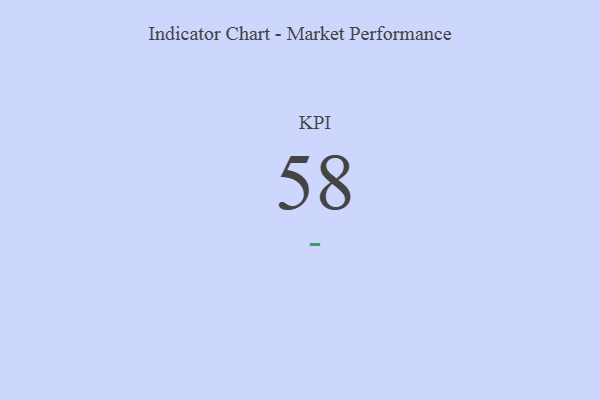
{"axis": {"x": "KPI", "y": "Value"}, "legend": [""], "data": [{"x": "KPI", "y": 58, "type": ""}]}